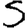
Digit: 5